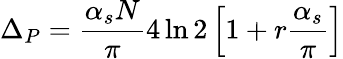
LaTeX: \Delta_{P}=\frac{\alpha_{s}N}{\pi}4\ln 2\left[1+r\frac{\alpha_{s}}{\pi}\right]